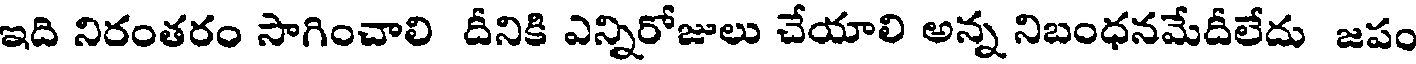
ఇది నిరంతరం సాగించాలి దీనికి ఎన్నిరోజులు చేయాలి అన్న నిబంధనమేదీలేదు జపం